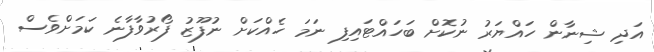
އަދި ޝިނާން ހައްޔަރު ނުކޮށް ބަހައްޓައިފި ނަމަ ހެއްކަށް ނުފޫޒު ފޯރުވާފާނެ ކަމަށްވެސް